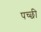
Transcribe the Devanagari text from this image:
पच्‍छी